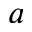
a